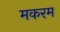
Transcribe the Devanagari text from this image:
मकरम